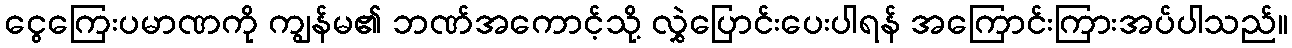
ငွေကြေးပမာဏကို ကျွန်မ၏ ဘဏ်အကောင့်သို့ လွှဲပြောင်းပေးပါရန် အကြောင်းကြားအပ်ပါသည်။